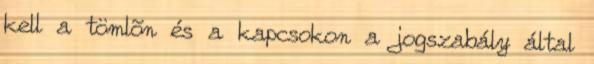
kell a tömlõn és a kapcsokon a jogszabály által